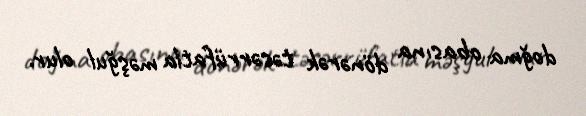
doğma obasına dönərək təsərrüfatla məşğul olur.